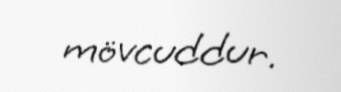
mövcuddur.